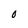
Character: 0